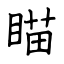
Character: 瞄